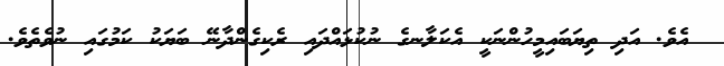
އެވެ. އަދި ތިޔަބައިމީހުންނަކީ އެކަލާނގެ ނުކުޅައްދައި ރެކިގެންދާނޭ ބަޔަކު ކަމުގައި ނުވެތެވެ.